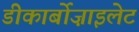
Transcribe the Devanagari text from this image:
डीकार्बोज़ाइलेट